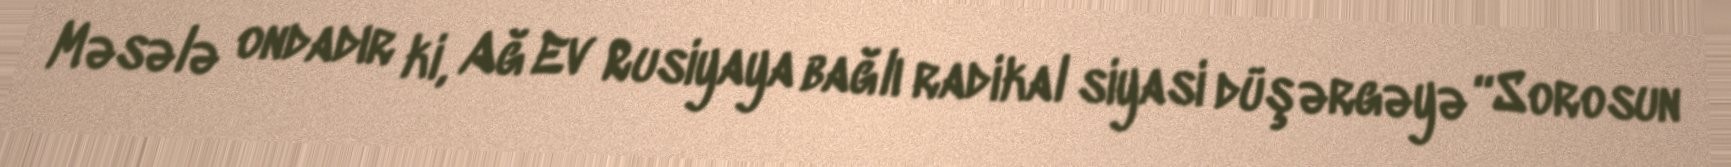
Məsələ ondadır ki, Ağ Ev Rusiyaya bağlı radikal siyasi düşərgəyə “Sorosun